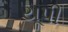
યૂપી